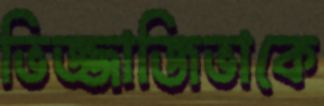
ভিজ্জাজিভাকে